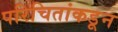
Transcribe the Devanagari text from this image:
परिचितांकडून